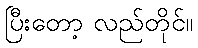
ပြီးတော့ လည်တိုင်။